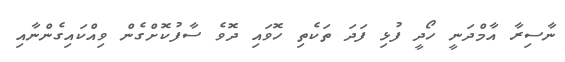
ނާސިރާ އާމްދަނީ ހޯދީ ފުޅި ފަދަ ތަކެތި ހޮވައި ދޮވެ ސާފުކޮށްގެން ވިއްކައިގެންނާއި